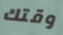
وقتك